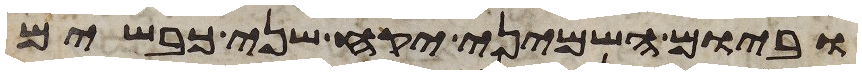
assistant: וביום השמיני יקח שני כבשים